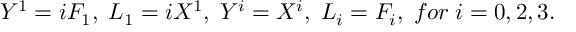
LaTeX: Y ^ { 1 } = i F _ { 1 } , \; L _ { 1 } = i X ^ { 1 } , \; Y ^ { i } = X ^ { i } , \; L _ { i } = F _ { i } , \; f o r \; i = 0 , 2 , 3 .